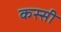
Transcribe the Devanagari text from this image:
कस्सी